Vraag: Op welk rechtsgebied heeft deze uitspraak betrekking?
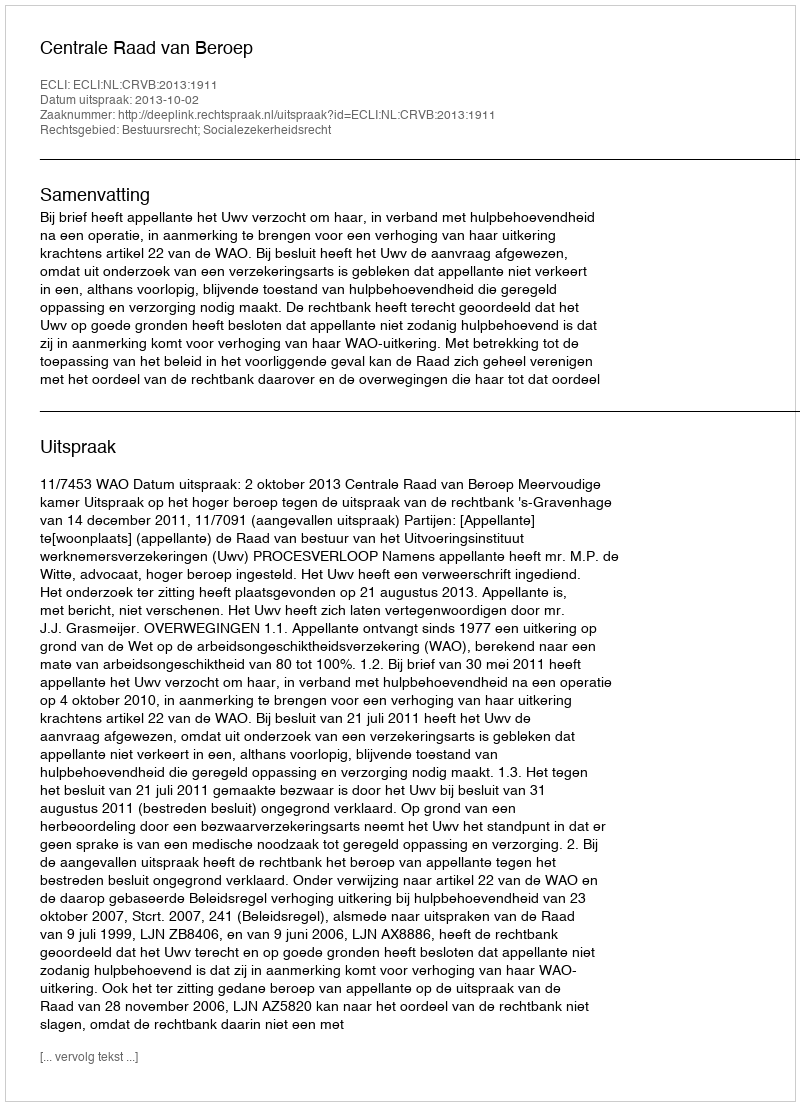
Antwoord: Bestuursrecht; Socialezekerheidsrecht